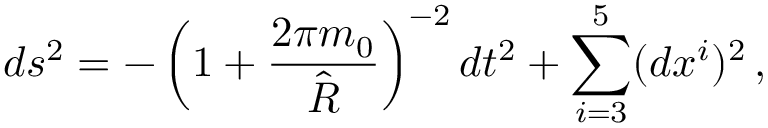
d s ^ { 2 } = - \left( 1 + { \frac { 2 \pi m _ { 0 } } { \hat { R } } } \right) ^ { - 2 } d t ^ { 2 } + \sum _ { i = 3 } ^ { 5 } ( d x ^ { i } ) ^ { 2 } \, ,